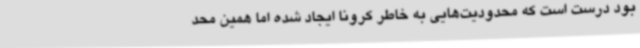
بود درست است که محدودیت‌هایی به خاطر کرونا ایجاد شده اما همین محد